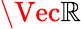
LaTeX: \Vec{\mathbb{R}}